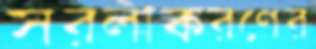
সরলীকরণের